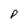
Character: P